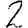
Digit: 2